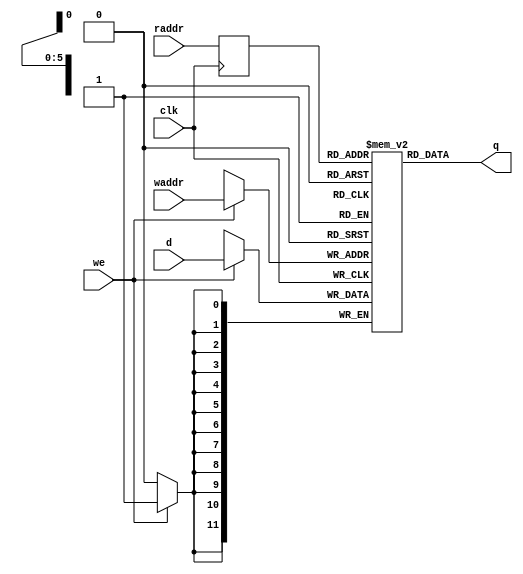
// Generated by MyHDL 1.0dev


`timescale 1ns/10ps

module RAM_6x12 (
    d,
    waddr,
    raddr,
    we,
    clk,
    q
);
// default addr width 6, data width 12

input [11:0] d;
input [5:0] waddr;
input [5:0] raddr;
input we;
input clk;
output [11:0] q;
wire [11:0] q;

reg [5:0] read_addr;

reg [11:0] mem [0:64-1];





assign q = mem[read_addr];


always @(posedge clk) begin: RAM_6X12_BEH_WRITE
    read_addr <= raddr;
    if (we) begin
        mem[waddr] <= d;
    end
end

endmodule